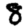
Digit: 8